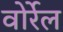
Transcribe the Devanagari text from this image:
वोर्रेल